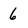
Character: 6